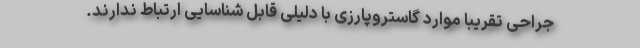
جراحی تقریبا موارد گاستروپارزی با دلیلی قابل شناسایی ارتباط ندارند.